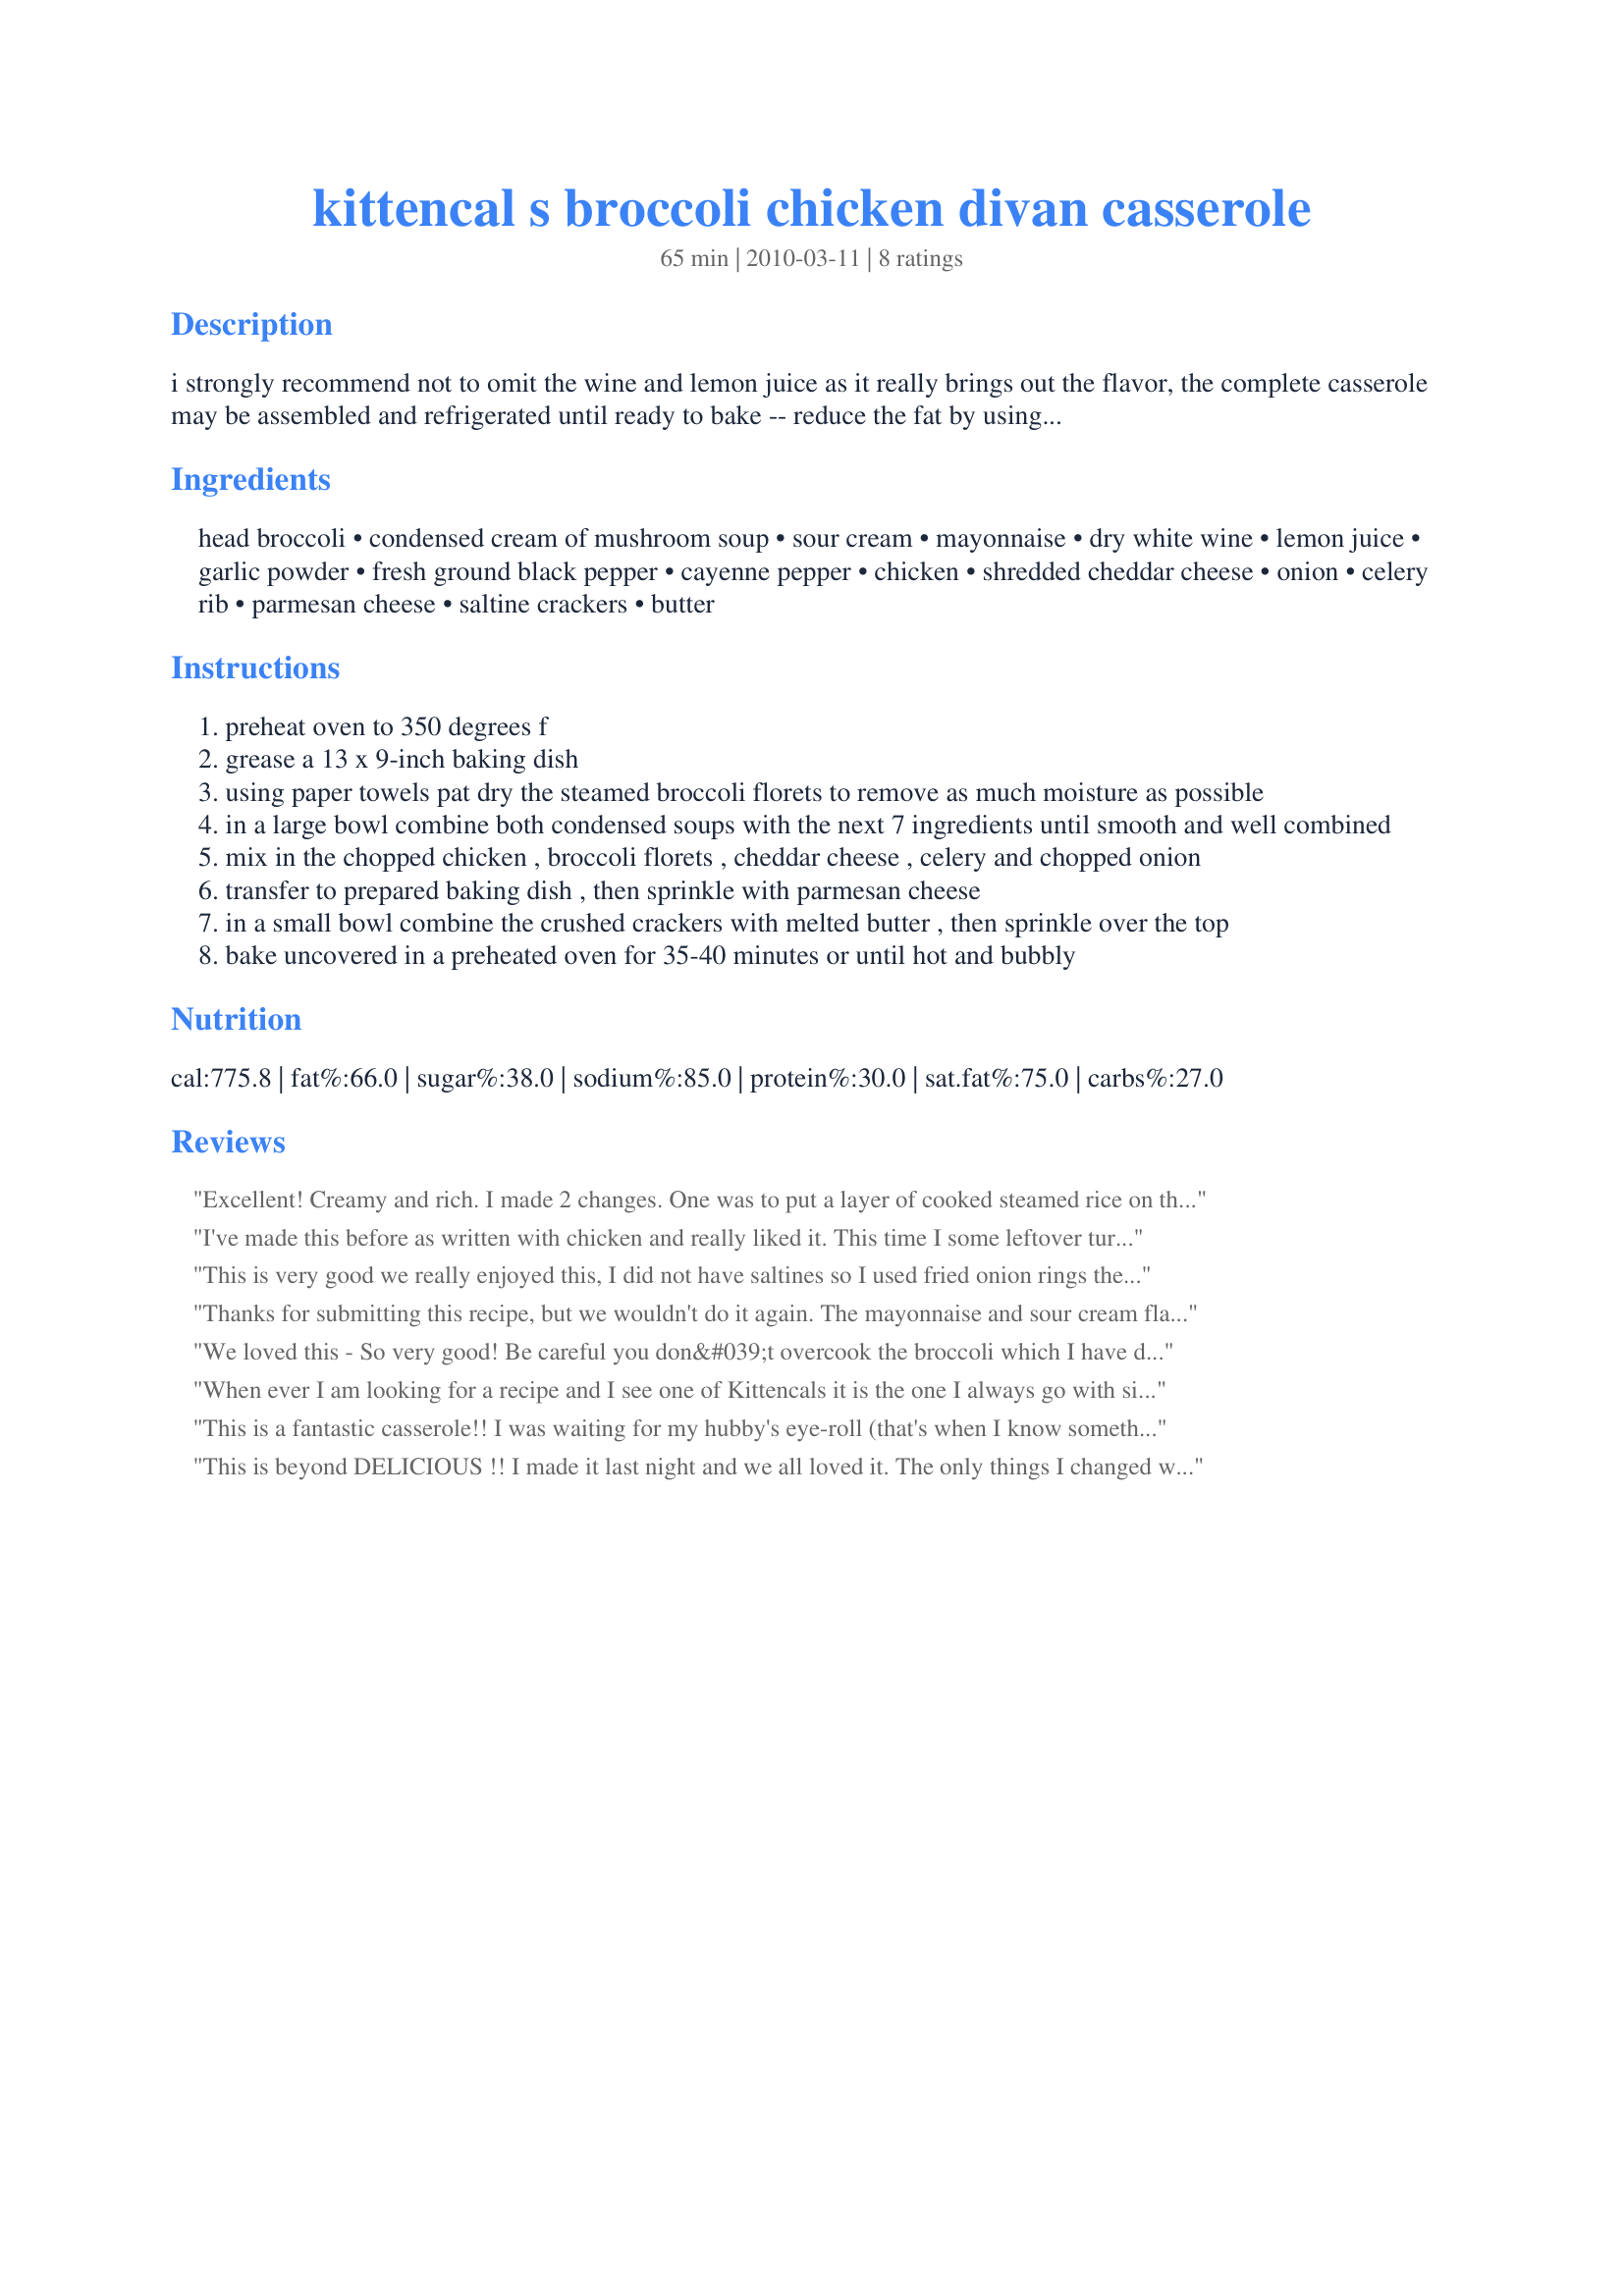
kittencal s broccoli chicken divan casserole
Preparation time: 65 minutes

i strongly recommend not to omit the wine and lemon juice as it really brings out the flavor, the complete casserole may be assembled and refrigerated until ready to bake -- reduce the fat by using low fat sour cream and mayonnaise (do not use fat free, i suggest not to add in any extra salt

Ingredients:
head broccoli, condensed cream of mushroom soup, sour cream, mayonnaise, dry white wine, lemon juice, garlic powder, fresh ground black pepper, cayenne pepper, chicken, shredded cheddar cheese, onion, celery rib, parmesan cheese, saltine crackers, butter

Steps:
preheat oven to 350 degrees f
grease a 13 x 9-inch baking dish
using paper towels pat dry the steamed broccoli florets to remove as much moisture as possible
in a large bowl combine both condensed soups with the next 7 ingredients until smooth and well combined
mix in the chopped chicken , broccoli florets , cheddar cheese , celery and chopped onion
transfer to prepared baking dish , then sprinkle with parmesan cheese
in a small bowl combine the crushed crackers with melted butter , then sprinkle over the top
bake uncovered in a preheated oven for 35-40 minutes or until hot and bubbly

Reviews:
Excellent! Creamy and rich. I made 2 changes. One was to put a layer of cooked steamed rice on the bottom of the casserole dish and then top it with the chicken divan mixture. The other was to use bread crumbs instead of crackers because that's what I had on hand. This recipe made enough for me not only to feed my husband and my self but 2 8x8 pans for the freezer. I wouldn't hesitate to serve this to guests. Thank you so much for posting this Carol.
I've made this before as written with chicken and really liked it. This time I some leftover turkey from thanksgiving and used that and the result was just as fantastic. Was a great new use for leftovers. Family just loves this dish!!
This is very good we really enjoyed this, I did not have saltines so I used fried onion rings the last ten minutes I will make this often next time I will double the celery thank you once again for a great recipe
Thanks for submitting this recipe, but we wouldn't do it again. The mayonnaise and sour cream flavors were dominant, it was pretty salty, and there wasn't much substance or texture to it. Sorry ...
We loved this - So very good! Be careful you don&#039;t overcook the broccoli which I have done many times on other recipes. This was perfect and goes into my favorites.
When ever I am looking for a recipe and I see one of Kittencals it is the one I always go with since I am assured of a great meal. And this time Kitz you have really done yourself proud, this is not the Chicken Divan I was used to, but ohhhh my gosh soooo much better. Creamy, flavorful, and totally yummy!!! I made this exactly per the recipe except used crushed Ritz Crackers rather than saltines since that is what I had on hand. We really enjoyed this meal, and I am going to make this up in a crockpot to take to a potluck the beginning of next month, I am sure to receive requests for the recipe, so will be printing up copies to take with me. &lt;3
This is a fantastic casserole!! I was waiting for my hubby's eye-roll (that's when I know something is a 'keeper') and it came right after he tasted it :-) The kiddos loved it also. I made a couple of subs.:
frozen broccoli florets instead
of fresh and used Ritz crackers
that were on hand instead of the saltines. Thank you for sharing
this delicious recipe!!!
This is beyond DELICIOUS !! I made it last night and we all loved it. The only things I changed was to cut the recipe in half (will fit a 9 /13 inch casserole dish perfectly) and I added fresh sliced mushrooms because I had some that needed to be used - about 1 cup. I also did not steam the broccoli and It was cooked through. I used Morton's Natures Seas. to taste (use it on everything) and fresh (small amount) oregano, sage and thyme from our herb garden. I covered the casserole with foil for 20 minutes and then uncovered it for 10 minutes -..350*. PERFECTLY
SCRUMPTiOUS. "lick your plate clean" delicious. Thank
 you for posting it.
I'm going to try Cynjen's idea and top it with onion rings next time. Sounds great !!
